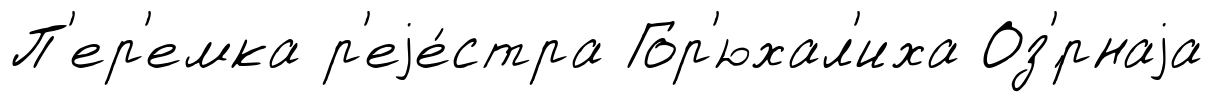
П'ер'емка р'еjе́стра Гор'юхал'иха Оз'́рнаjа